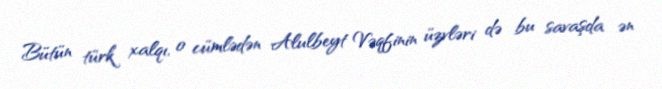
Bütün türk xalqı, o cümlədən Alulbeyt Vəqfinin üzvləri də bu savaşda ən